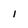
Character: 1